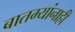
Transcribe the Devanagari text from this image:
बातम्यांनाही